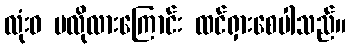
လုံးဝ မလိုလားကြောင်း ထင်ရှားစေပါသည်။